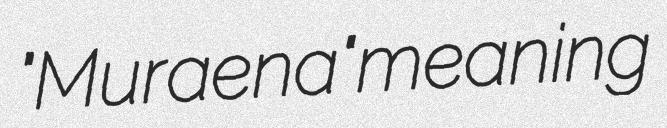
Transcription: "Muraena" meaning